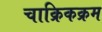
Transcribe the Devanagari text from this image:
चाक्रिकक्रम